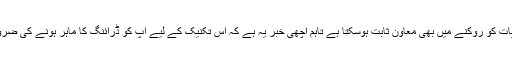
کینیڈا میں یونیورسٹی آف واٹرلو کے ماہرین نے کہا ہے کہ یہ طریقہ الزائیمر اور ڈیمنشیا جیسی کیفیات کو روکنے میں بھی معاون ثابت ہوسکتا ہے تاہم اچھی خبر یہ ہے کہ اس تکنیک کے لیے آپ کو ڈرائنگ کا ماہر ہونے کی ضرورت نہیں بلکہ خاکوں (ڈوڈلنگ) کے ذریعے بھی یادداشت پر اس کے مثبت اثرات مرتب ہوتے ہیں۔